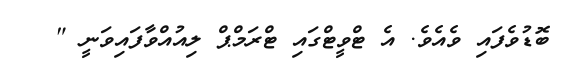
ބޮޑުވެފައި ވެއެވެ. އެ ޓްވީޓްގައި ޓްރަމްޕް ލިއުއްވާފައިވަނީ "